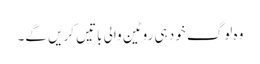
وہ لوگ خود ہی روٹین والی باتیں کریں گے۔